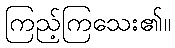
ကြည့်ကြသေး၏။